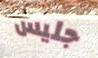
جليس